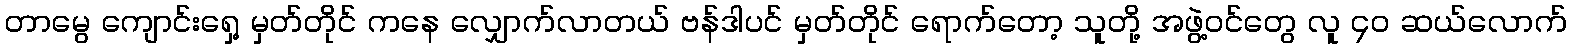
တာမွေ ကျောင်းရှေ့ မှတ်တိုင် ကနေ လျှောက်လာတယ် ဗန်ဒါပင် မှတ်တိုင် ရောက်တော့ သူတို့ အဖွဲ့ဝင်တွေ လူ ၄၀ ဆယ်လောက်